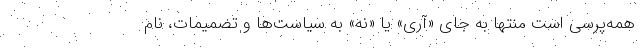
همه‌پرسی است منتها به جای «آری» یا «نه» به سیاست‌ها و تصمیمات، نام